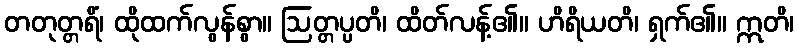
တတုတ္တရိံ၊ ထိုထက်လွန်စွာ။ ဩတ္တပ္ပတိ၊ ထိတ်လန့်၏။ ဟိရိယတိ၊ ရှက်၏။ ဣတိ၊